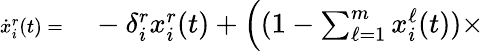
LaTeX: \begin{array}{rl}{\scriptsize\dot{x}_{i}^{r}(t)=}&{{}-\delta_{i}^{r}x_{i}^{r}(t)+\Big((1-\textstyle\sum_{\ell=1}^{m}x_{i}^{\ell}(t))\times}\end{array}